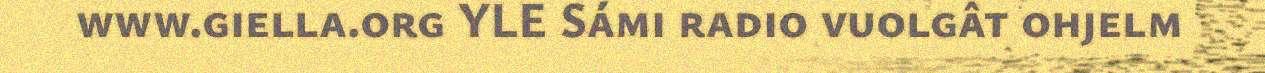
www.giella.org YLE Sámi radio vuolgât ohjelm